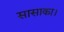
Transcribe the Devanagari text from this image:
सासाका।